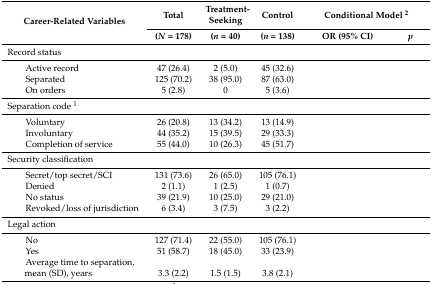
<table><thead><tr><td rowspan="2"><b>Career-Related Variables</b></td><td><b>Total</b></td><td><b>Treatment-Seeking</b></td><td><b>Control</b></td><td colspan="2"><b>Conditional Model <sup>2</sup></b></td></tr><tr><td><b>(<i>N</i> = 178)</b></td><td><b>(<i>n</i> = 40)</b></td><td><b>(<i>n</i> = 138)</b></td><td><b>OR (95% CI)</b></td><td><b><i>p</i></b></td></tr></thead><tbody><tr><td>Record status</td><td>[EMPTY_CELL]</td><td>[EMPTY_CELL]</td><td>[EMPTY_CELL]</td><td>[EMPTY_CELL]</td><td>[EMPTY_CELL]</td></tr><tr><td>Active record</td><td>47 (26.4)</td><td>2 (5.0)</td><td>45 (32.6)</td><td>[EMPTY_CELL]</td><td>[EMPTY_CELL]</td></tr><tr><td>Separated</td><td>125 (70.2)</td><td>38 (95.0)</td><td>87 (63.0)</td><td>[EMPTY_CELL]</td><td>[EMPTY_CELL]</td></tr><tr><td>On orders</td><td>5 (2.8)</td><td>0</td><td>5 (3.6)</td><td>[EMPTY_CELL]</td><td>[EMPTY_CELL]</td></tr><tr><td>Separation code <sup>1</sup></td><td>[EMPTY_CELL]</td><td>[EMPTY_CELL]</td><td>[EMPTY_CELL]</td><td>[EMPTY_CELL]</td><td>[EMPTY_CELL]</td></tr><tr><td>Voluntary</td><td>26 (20.8)</td><td>13 (34.2)</td><td>13 (14.9)</td><td>[EMPTY_CELL]</td><td>[EMPTY_CELL]</td></tr><tr><td>Involuntary</td><td>44 (35.2)</td><td>15 (39.5)</td><td>29 (33.3)</td><td>[EMPTY_CELL]</td><td>[EMPTY_CELL]</td></tr><tr><td>Completion of service</td><td>55 (44.0)</td><td>10 (26.3)</td><td>45 (51.7)</td><td>[EMPTY_CELL]</td><td>[EMPTY_CELL]</td></tr><tr><td>Security classification</td><td>[EMPTY_CELL]</td><td>[EMPTY_CELL]</td><td>[EMPTY_CELL]</td><td>[EMPTY_CELL]</td><td>[EMPTY_CELL]</td></tr><tr><td>Secret/top secret/SCI</td><td>131 (73.6)</td><td>26 (65.0)</td><td>105 (76.1)</td><td>[EMPTY_CELL]</td><td>[EMPTY_CELL]</td></tr><tr><td>Denied</td><td>2 (1.1)</td><td>1 (2.5)</td><td>1 (0.7)</td><td>[EMPTY_CELL]</td><td>[EMPTY_CELL]</td></tr><tr><td>No status</td><td>39 (21.9)</td><td>10 (25.0)</td><td>29 (21.0)</td><td>[EMPTY_CELL]</td><td>[EMPTY_CELL]</td></tr><tr><td>Revoked/loss of jurisdiction</td><td>6 (3.4)</td><td>3 (7.5)</td><td>3 (2.2)</td><td>[EMPTY_CELL]</td><td>[EMPTY_CELL]</td></tr><tr><td>Legal action</td><td>[EMPTY_CELL]</td><td>[EMPTY_CELL]</td><td>[EMPTY_CELL]</td><td>[EMPTY_CELL]</td><td>[EMPTY_CELL]</td></tr><tr><td>No</td><td>127 (71.4)</td><td>22 (55.0)</td><td>105 (76.1)</td><td>[EMPTY_CELL]</td><td>[EMPTY_CELL]</td></tr><tr><td>Yes</td><td>51 (58.7)</td><td>18 (45.0)</td><td>33 (23.9)</td><td>[EMPTY_CELL]</td><td>[EMPTY_CELL]</td></tr><tr><td>Average time to separation, mean (SD), years</td><td>3.3 (2.2)</td><td>1.5 (1.5)</td><td>3.8 (2.1)</td><td>[EMPTY_CELL]</td><td>[EMPTY_CELL]</td></tr></tbody></table>